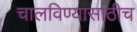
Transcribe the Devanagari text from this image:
चालविण्यासाठीच